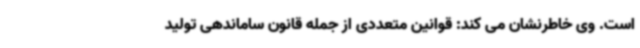
است. وی خاطرنشان می کند: قوانین متعددی از جمله قانون ساماندهی تولید